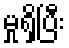
မှုရှိပြီး